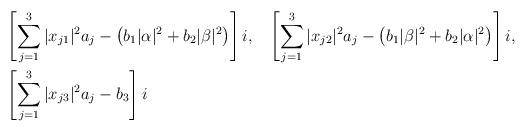
LaTeX: \begin{align*}&\left[\sum_{j=1}^3 |x_{j1}|^2 a_j - \left(b_1|\alpha|^2+b_2|\beta|^2\right)\right]i,&&\left[\sum_{j=1}^3 |x_{j2}|^2 a_j - \left(b_1|\beta|^2+b_2|\alpha|^2\right)\right]i,\\&\left[\sum_{j=1}^3 |x_{j3}|^2 a_j - b_3\right]i\end{align*}